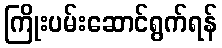
ကြိုးပမ်းဆောင်ရွက်ရန်